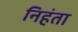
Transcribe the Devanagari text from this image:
निहंता